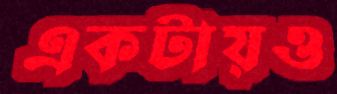
একটায়ও